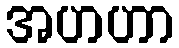
အဟဟာ